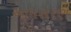
આમસરણ